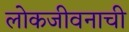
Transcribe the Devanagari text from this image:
लोकजीवनाची